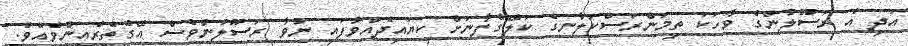
އަދި އެ ރަސޫލުންގެ ވާހަކަ ތިމަންރަސްކަލާނގެ ކަލޭގެފާނަށް ކިޔައިދެއްވާފައި ނުވާ ރަސޫލުންވެސް އޭގެތެރެއިންވެއެވެ.